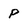
Character: P